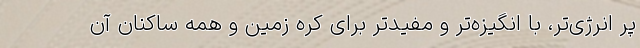
پر انرژی‌تر، با انگیزه‌تر و مفیدتر برای کره زمین و همه ساکنان آن